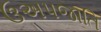
ઉઅપજાતિ